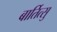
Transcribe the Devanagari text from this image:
बार्तित्सु